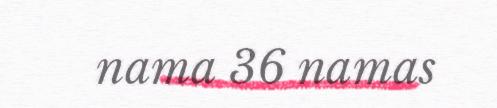
nama 36 namas